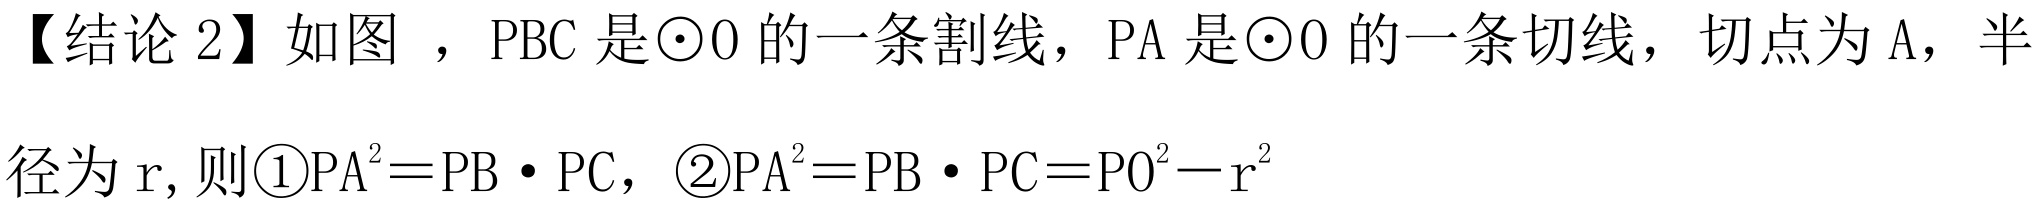
【结论2】如图 ，\(PBC\)是\(\odot O\)的一条割线，\(PA\)是\(\odot O\)的一条切线，切点为\(A\)，半
径为\(r\),则\textcircled{1}\(PA^{2}=PB\cdot PC\)，\textcircled{2}\(PA^{2}=PB\cdot PC=PO^{2}-r^{2}\)